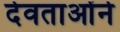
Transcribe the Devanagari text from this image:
देवताओंने